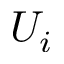
U _ { i }